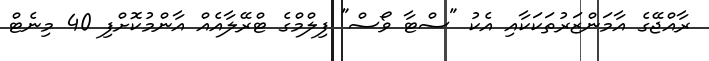
ރާއްޖޭގެ އާމަންޒަރުތަކަކާއި އެކު "ސްޓާ ވޯސް" ފިލްމްގެ ޓްރޭލާއެއް އާންމުކޮށްފި 40 މިނެޓް